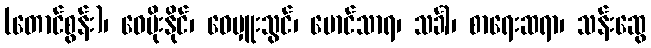
(တောင်စွန်း)၊ ဝေမိုးနိုင်၊ ဝေမှူးသွင်၊ မောင်သာရ၊ သင်္ခါ၊ စာရေးဆရာ၊ သန်းဆွေ